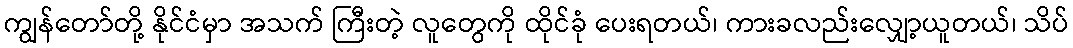
ကျွန်တော်တို့ နိုင်ငံမှာ အသက် ကြီးတဲ့ လူတွေကို ထိုင်ခုံ ပေးရတယ်၊ ကားခလည်းလျှော့ယူတယ်၊ သိပ်